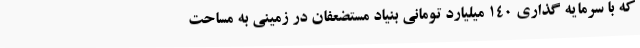
که با سرمایه گذاری 140 میلیارد تومانی بنیاد مستضعفان در زمینی به مساحت